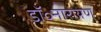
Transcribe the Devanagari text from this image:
डॉ॰नारायण